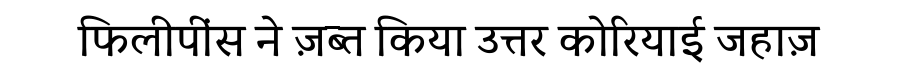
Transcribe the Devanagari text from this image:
फिलीपींस ने ज़ब्त किया उत्तर कोरियाई जहाज़